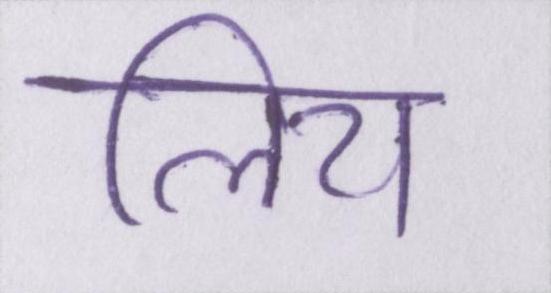
लिय